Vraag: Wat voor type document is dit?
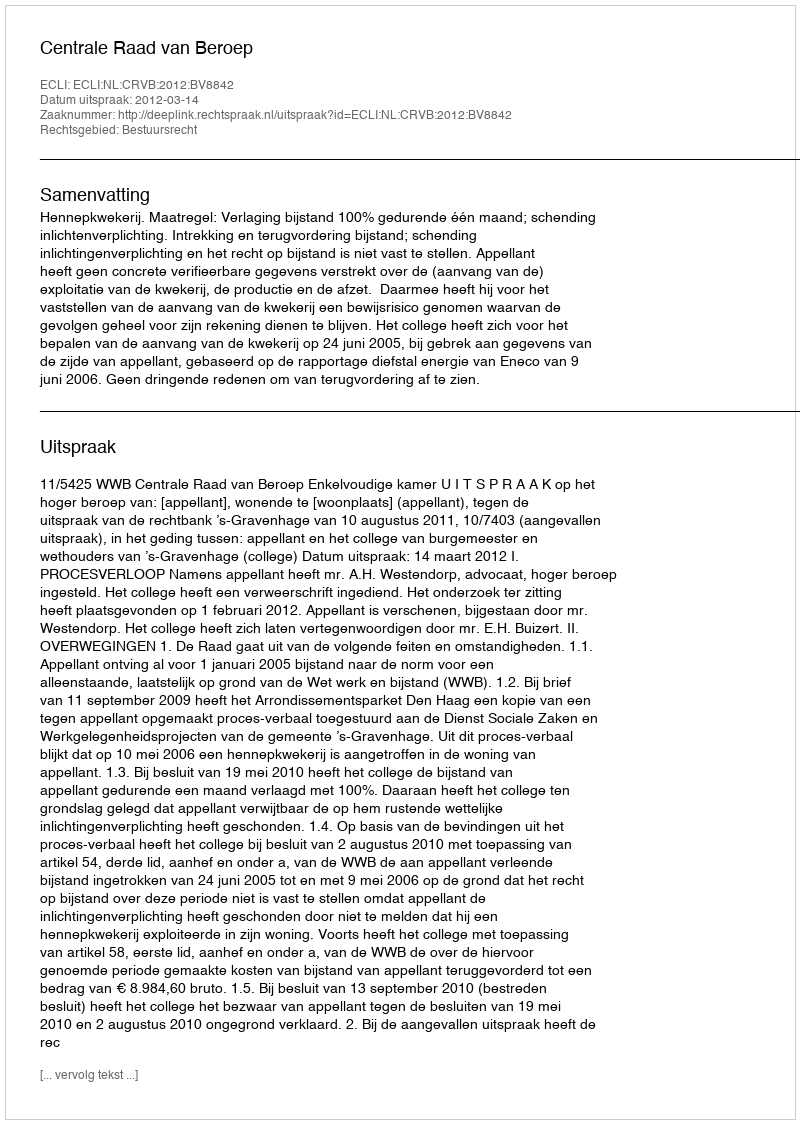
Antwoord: Uitspraak